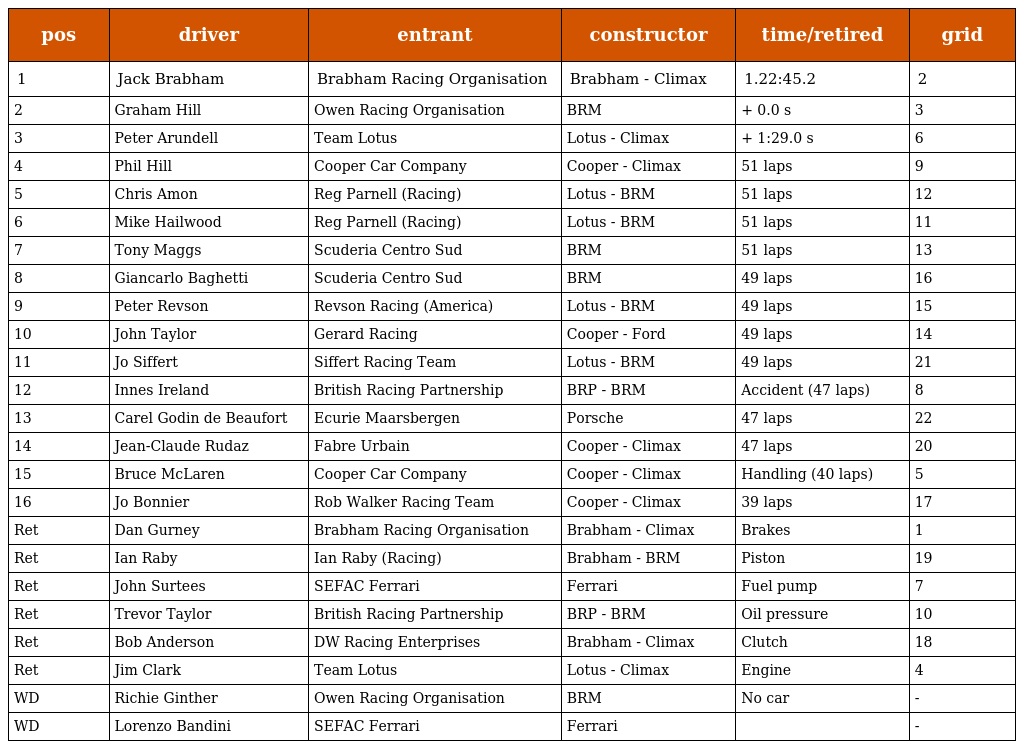
| pos | driver | entrant | constructor | time/retired | grid |
 | --- | --- | --- | --- | --- | --- |
 | 1 | Jack Brabham | Brabham Racing Organisation | Brabham - Climax | 1.22:45.2 | 2 |
 | 2 | Graham Hill | Owen Racing Organisation | BRM | + 0.0 s | 3 |
 | 3 | Peter Arundell | Team Lotus | Lotus - Climax | + 1:29.0 s | 6 |
 | 4 | Phil Hill | Cooper Car Company | Cooper - Climax | 51 laps | 9 |
 | 5 | Chris Amon | Reg Parnell (Racing) | Lotus - BRM | 51 laps | 12 |
 | 6 | Mike Hailwood | Reg Parnell (Racing) | Lotus - BRM | 51 laps | 11 |
 | 7 | Tony Maggs | Scuderia Centro Sud | BRM | 51 laps | 13 |
 | 8 | Giancarlo Baghetti | Scuderia Centro Sud | BRM | 49 laps | 16 |
 | 9 | Peter Revson | Revson Racing (America) | Lotus - BRM | 49 laps | 15 |
 | 10 | John Taylor | Gerard Racing | Cooper - Ford | 49 laps | 14 |
 | 11 | Jo Siffert | Siffert Racing Team | Lotus - BRM | 49 laps | 21 |
 | 12 | Innes Ireland | British Racing Partnership | BRP - BRM | Accident (47 laps) | 8 |
 | 13 | Carel Godin de Beaufort | Ecurie Maarsbergen | Porsche | 47 laps | 22 |
 | 14 | Jean-Claude Rudaz | Fabre Urbain | Cooper - Climax | 47 laps | 20 |
 | 15 | Bruce McLaren | Cooper Car Company | Cooper - Climax | Handling (40 laps) | 5 |
 | 16 | Jo Bonnier | Rob Walker Racing Team | Cooper - Climax | 39 laps | 17 |
 | Ret | Dan Gurney | Brabham Racing Organisation | Brabham - Climax | Brakes | 1 |
 | Ret | Ian Raby | Ian Raby (Racing) | Brabham - BRM | Piston | 19 |
 | Ret | John Surtees | SEFAC Ferrari | Ferrari | Fuel pump | 7 |
 | Ret | Trevor Taylor | British Racing Partnership | BRP - BRM | Oil pressure | 10 |
 | Ret | Bob Anderson | DW Racing Enterprises | Brabham - Climax | Clutch | 18 |
 | Ret | Jim Clark | Team Lotus | Lotus - Climax | Engine | 4 |
 | WD | Richie Ginther | Owen Racing Organisation | BRM | No car | - |
 | WD | Lorenzo Bandini | SEFAC Ferrari | Ferrari |  | - |